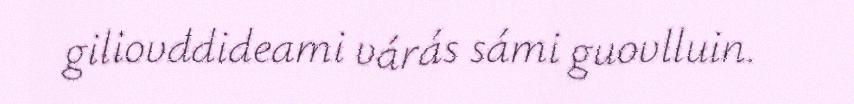
giliovddideami várás sámi guovlluin.